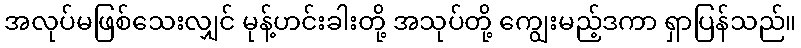
အလုပ်မဖြစ်သေးလျှင် မုန့်ဟင်းခါးတို့ အသုပ်တို့ ကျွေးမည့်ဒကာ ရှာပြန်သည်။